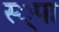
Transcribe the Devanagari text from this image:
स्‍्पा